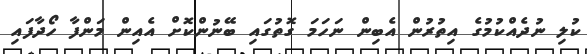
ކުލި ނުދެއްކުމުގެ އިތުރުން އެބިން ނަހަމަ ގޮތުގައި ބޭނުންކޮށް އެއިން މަންފާ ހޯދާފައި